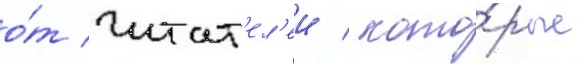
о́т читат'ел'еи / кото́рые